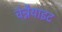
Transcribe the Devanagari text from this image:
चेन्नैयाइट